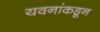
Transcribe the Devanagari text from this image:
यवनांकडून